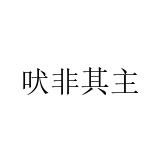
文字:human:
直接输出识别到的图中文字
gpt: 吠非其主